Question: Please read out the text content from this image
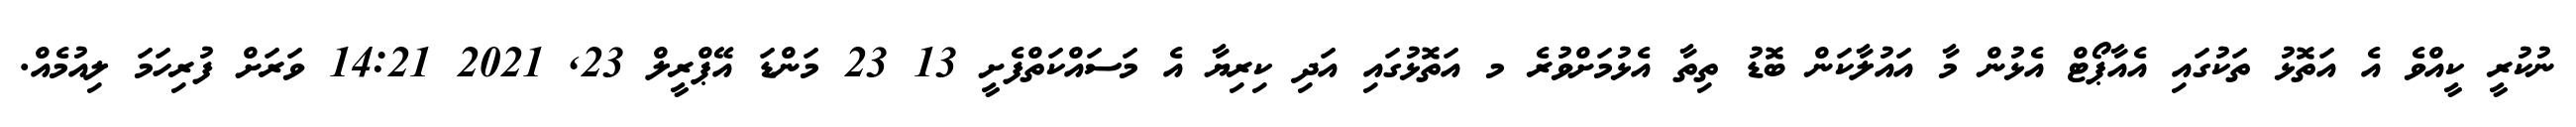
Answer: ނުކުރީ ކީއްވެ އެ އަތޮޅު ތަކުގައި އެއާޕޯޓް އެޅުން މާ އައުލާކަން ބޮޑު ތިތާ އެޅުމަށްވުރެ މ އަތޮޅުގައި އަދި ކިރިޔާ އެ މަސައްކަތްފެށީ 13 23 މަންޑަ އޭޕްރީލް 23, 2021 14:21 ވަރަށް ފުރިހަމަ ލިއުމެއް.